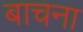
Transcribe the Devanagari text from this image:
बाचना